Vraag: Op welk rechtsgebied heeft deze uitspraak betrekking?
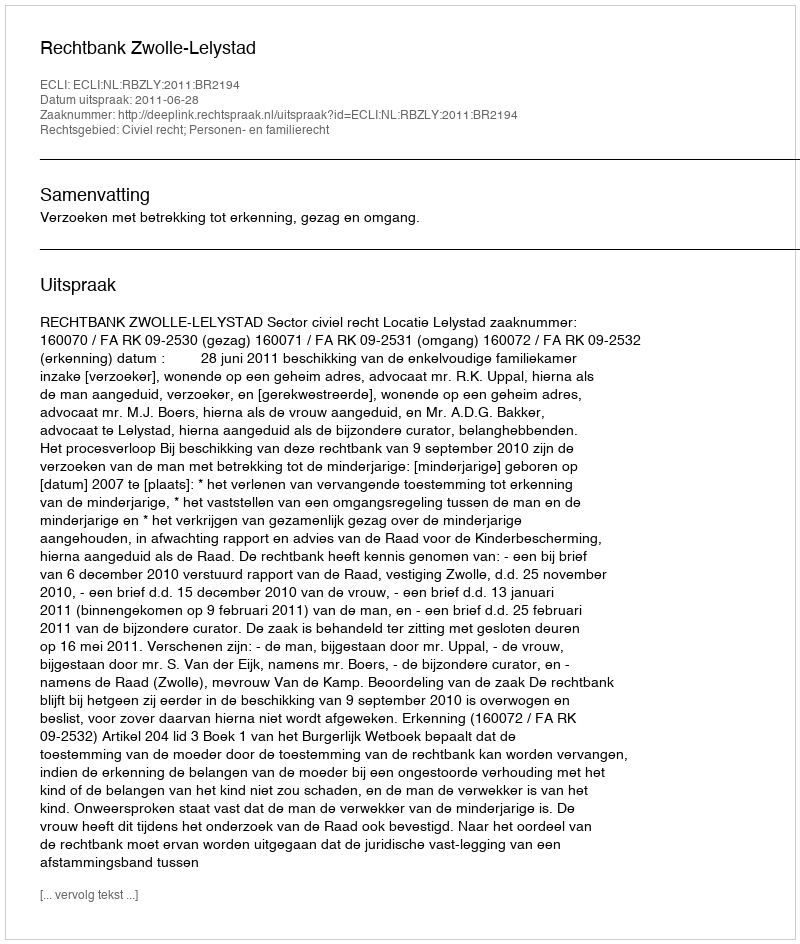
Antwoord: Civiel recht; Personen- en familierecht